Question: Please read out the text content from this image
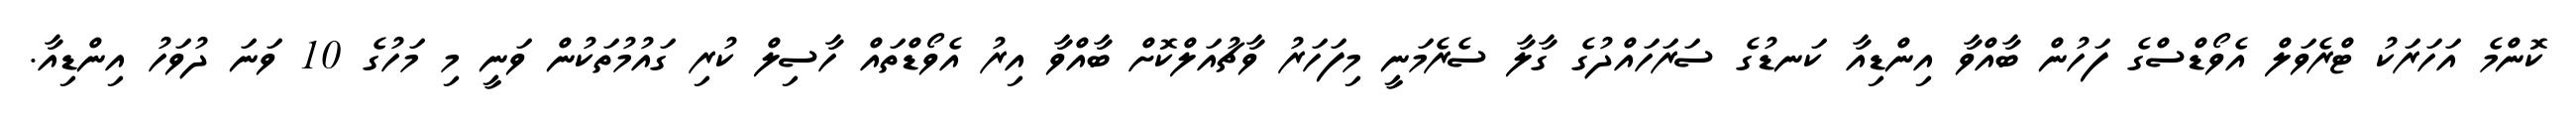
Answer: ކޮންމެ އަހަރަކު ޓްރެވަލް އެވޯޑްސްގެ ފަހުން ބާއްވާ އިންޑިއާ ކަނޑުގެ ސަރަހައްދުގެ ގާލާ ސެރެމަނީ މިފަހަރު ވާޗުއަލްކޮށް ބާއްވާ އިރު އެވޯޑްތައް ހާސިލް ކުރި ގައުމުތަކުން ވަނީ މި މަހުގެ 10 ވަނަ ދުވަހު އިންޑިއާ.